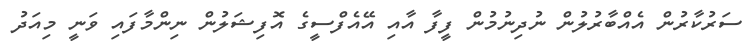
ސަރުކާރުން އެއްބާރުލުން ނުދިނުމުން ފީފާ އާއި އޭއެފްސީގެ އޮފިޝަލުން ނިންމާފައި ވަނީ މިއަދު